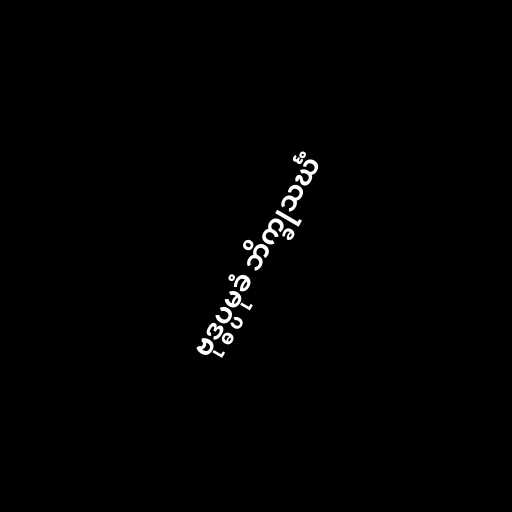
ဗုဒ္ဓပ္ပမုခံ ဘိက္ခုသင်္ဃံ